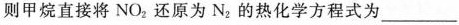
则甲烷直接将NO_{2}还原为N，的热化学方程式为___